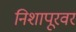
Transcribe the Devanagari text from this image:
निशापूरवर